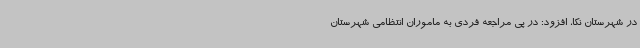
در شهرستان نکا، افزود: در پی مراجعه فردی به ماموران انتظامی شهرستان